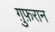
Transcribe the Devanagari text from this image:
ग़ुफ़रान